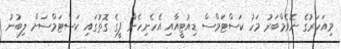
މިއަހަރުގެ ނޮވެމްބަރު މަހު ކަސްޓަމްސް ޑިއުޓީއާއި އެހެނިހެން ފީގެ ގޮތުގައި ކަސްޓަމްސަށް ލިބުނު